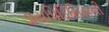
ડાયપિડિસિસની